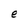
Character: e